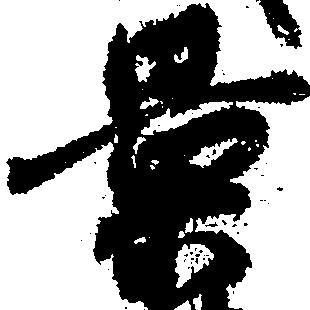
景